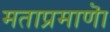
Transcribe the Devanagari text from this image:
मताप्रमाणाॆ